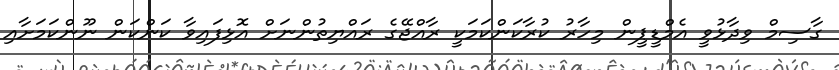
ގާސިމް ވިދާޅުވީ އެމްޑީޕީން މިހާރު ކުރާކަންކަމަކީ ރާއްޖޭގެ ރައްޔިތުންނަށް އޮޅިފައިވާ ކަންކަން ނޫންކަމަށާއި